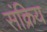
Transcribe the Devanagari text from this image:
संक्रिय